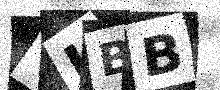
Text: OIBB